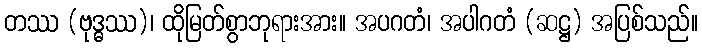
တဿ (ဗုဒ္ဓဿ)၊ ထိုမြတ်စွာဘုရားအား။ အပဂတံ၊ အပါဂတံ (ဆဋ္ဌ) အပြစ်သည်။